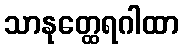
သာနုတ္ထေရဂါထာ